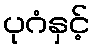
ပုဂံနှင့်